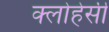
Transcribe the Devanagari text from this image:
क्लोहेसी